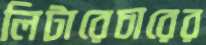
লিটারেচারের